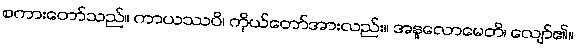
စကားတော်သည်။ ကာယဿပိ၊ ကိုယ်တော်အားလည်း။ အနူလောမေတိ၊ လျော်၏။